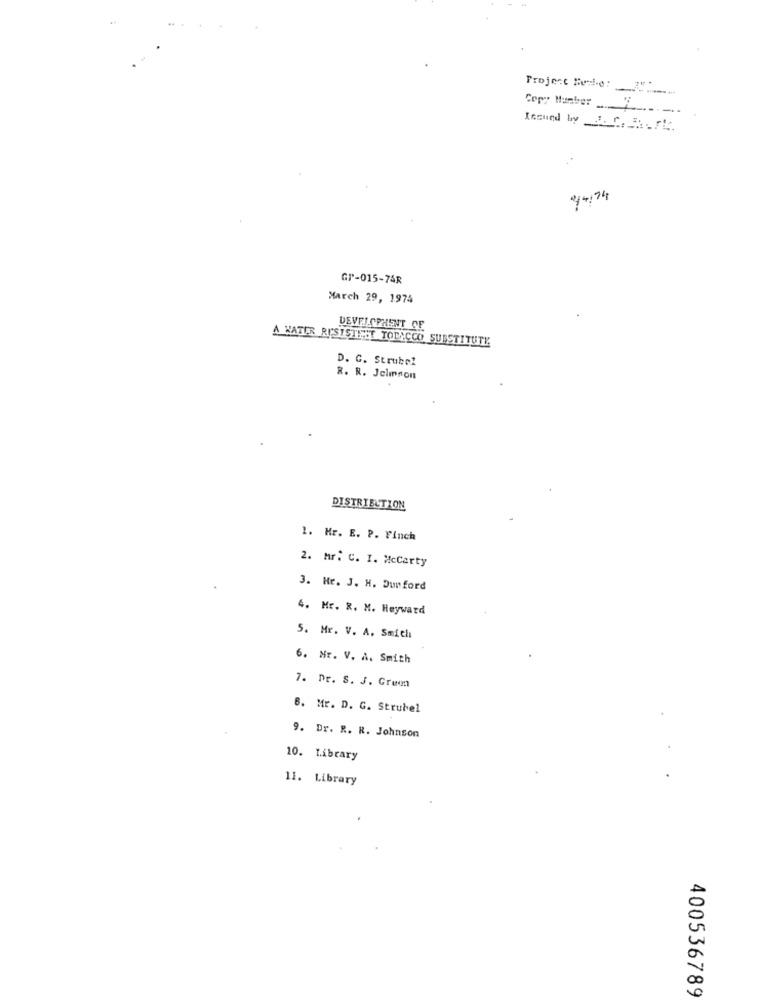
Project Huele:
---
Copy Hunber
Issued by _. C. f.
44134
GP-015-74R
March 29, 1974
DEVELOPMENT OF
A WATER RESISTENT TODACCO SUBSTITUTE
D. C. Strubel
R. R. Jelmnon
DISTRIBUTION
1. Mr. E. P. Finch
2. Mr. C. I. McCarty
3. Mr. J. H. Dunford
4. Mr. R. M. Heyward
5. Mr. V. A. Smith
6. Nr. V. A. Smith
7. Dr. S. J. Green
6. Mr. D. G. Strubel
9. Dr. R. R. Johnson
10. Library
11. Library
400536789